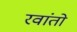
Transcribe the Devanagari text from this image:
रवांतो